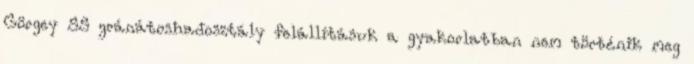
Görgey SS gránátoshadosztály felállításuk a gyakorlatban nem történik meg